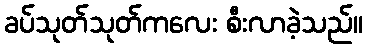
ခပ်သုတ်သုတ်ကလေး စီးလာခဲ့သည်။